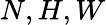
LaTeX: N,H,W